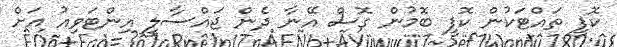
ކޮފީ ތައްޓަކުން ކޮފީ ބޮމުން ގޮސް އޭނާ ދެން ޖައްސާލީ އިންޓަވިއު އަށް